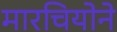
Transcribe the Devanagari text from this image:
मारचियोने